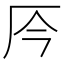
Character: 㕂